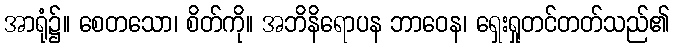
အာရုံ၌။ စေတသော၊ စိတ်ကို။ အဘိနိရောပန ဘာဝေန၊ ရှေးရှုတင်တတ်သည်၏